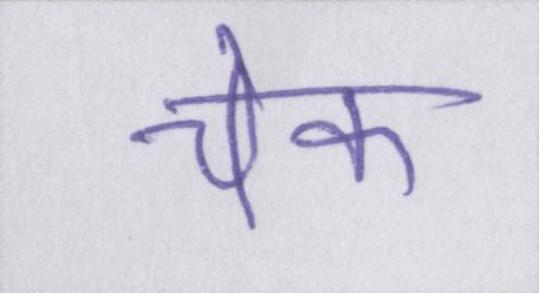
चेक